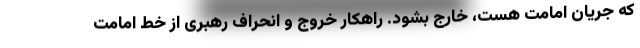
که جریان امامت هست، خارج بشود. راهکار خروج و انحراف رهبری از خط امامت